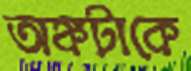
অঙ্কটাকে